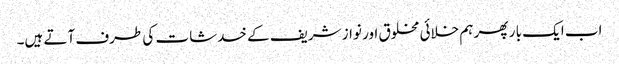
اب ایک با ر پھر ہم خلائی مخلوق اور نواز شریف کے خدشات کی طرف آتے ہیں۔